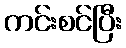
ကင်းစင်ပြီး